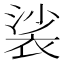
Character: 裟